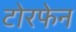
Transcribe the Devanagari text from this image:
टोरफेन